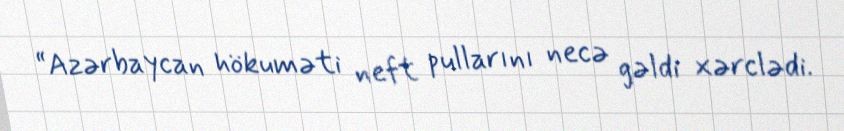
“Azərbaycan hökuməti neft pullarını necə gəldi xərclədi.